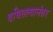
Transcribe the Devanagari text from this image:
बघितल्यानंतर